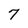
Character: 7